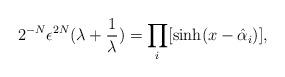
LaTeX: \begin{align*}2^{-N}\epsilon^{2N}(\lambda+\frac{1}{\lambda})=\prod_{i}[\sinh(x-\hat{\alpha}_{i})],\end{align*}